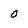
Character: 0